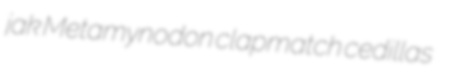
jak Metamynodon clapmatch cedillas